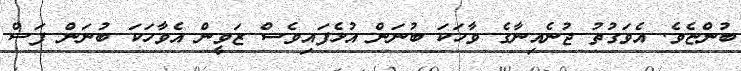
ބުންޏެވެ. އެވަގުތު ޖުނެއިނާގެ ވާހަކަ ބުނަން އުޅެފައިވެސް ޒަވީން އެވާހަކަ ބުނަން ފަސް